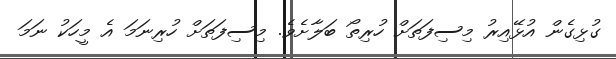
ގުޅިގެން އުޅޭއިރު މިސިފަތަށް ހުރިތޯ ބަލާށެވެ. މިސިފަތަށް ހުރިނަމަ އެ މީހަކު ނަމަ